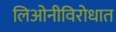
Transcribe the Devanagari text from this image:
लिओनीविरोधात